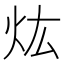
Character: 𤆠